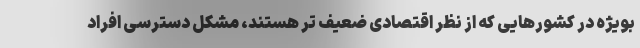
بویژه در کشورهایی که از نظر اقتصادی ضعیف تر هستند، مشکل دسترسی افراد